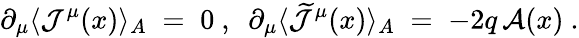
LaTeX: \partial_{\mu}\langle{\mathcal J}^{\mu}(x)\rangle_{A}\; =\; 0~,~~\partial_{\mu}\langle\widetilde{{\mathcal J}}^{\mu}(x)\rangle_{A}\; =\; -2q\, {\mathcal A}(x)~.